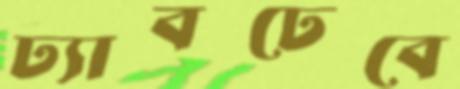
ঢ্যাবঢেবে